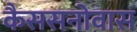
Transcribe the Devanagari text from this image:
कैससनोवास